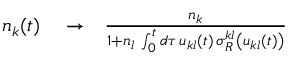
\begin{array} { r l r } { n _ { k } ( t ) } & { { } \rightarrow } & { \frac { n _ { k } } { 1 + n _ { l } \, \int _ { 0 } ^ { t } d \tau \, u _ { k l } ( t ) \, \sigma _ { R } ^ { k l } \left( u _ { k l } ( t ) \right) } } \end{array}